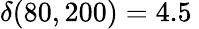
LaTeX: \delta(80,200)=4.5\